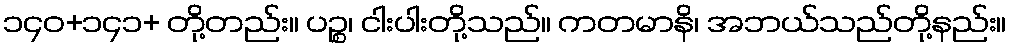
၁၄၀+၁၄၁+ တို့တည်း။ ပဉ္စ၊ ငါးပါးတို့သည်။ ကတမာနိ၊ အဘယ်သည်တို့နည်း။